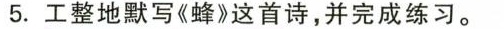
5. 工整地默写《蜂》这首诗，并完成练习。